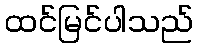
ထင်မြင်ပါသည်